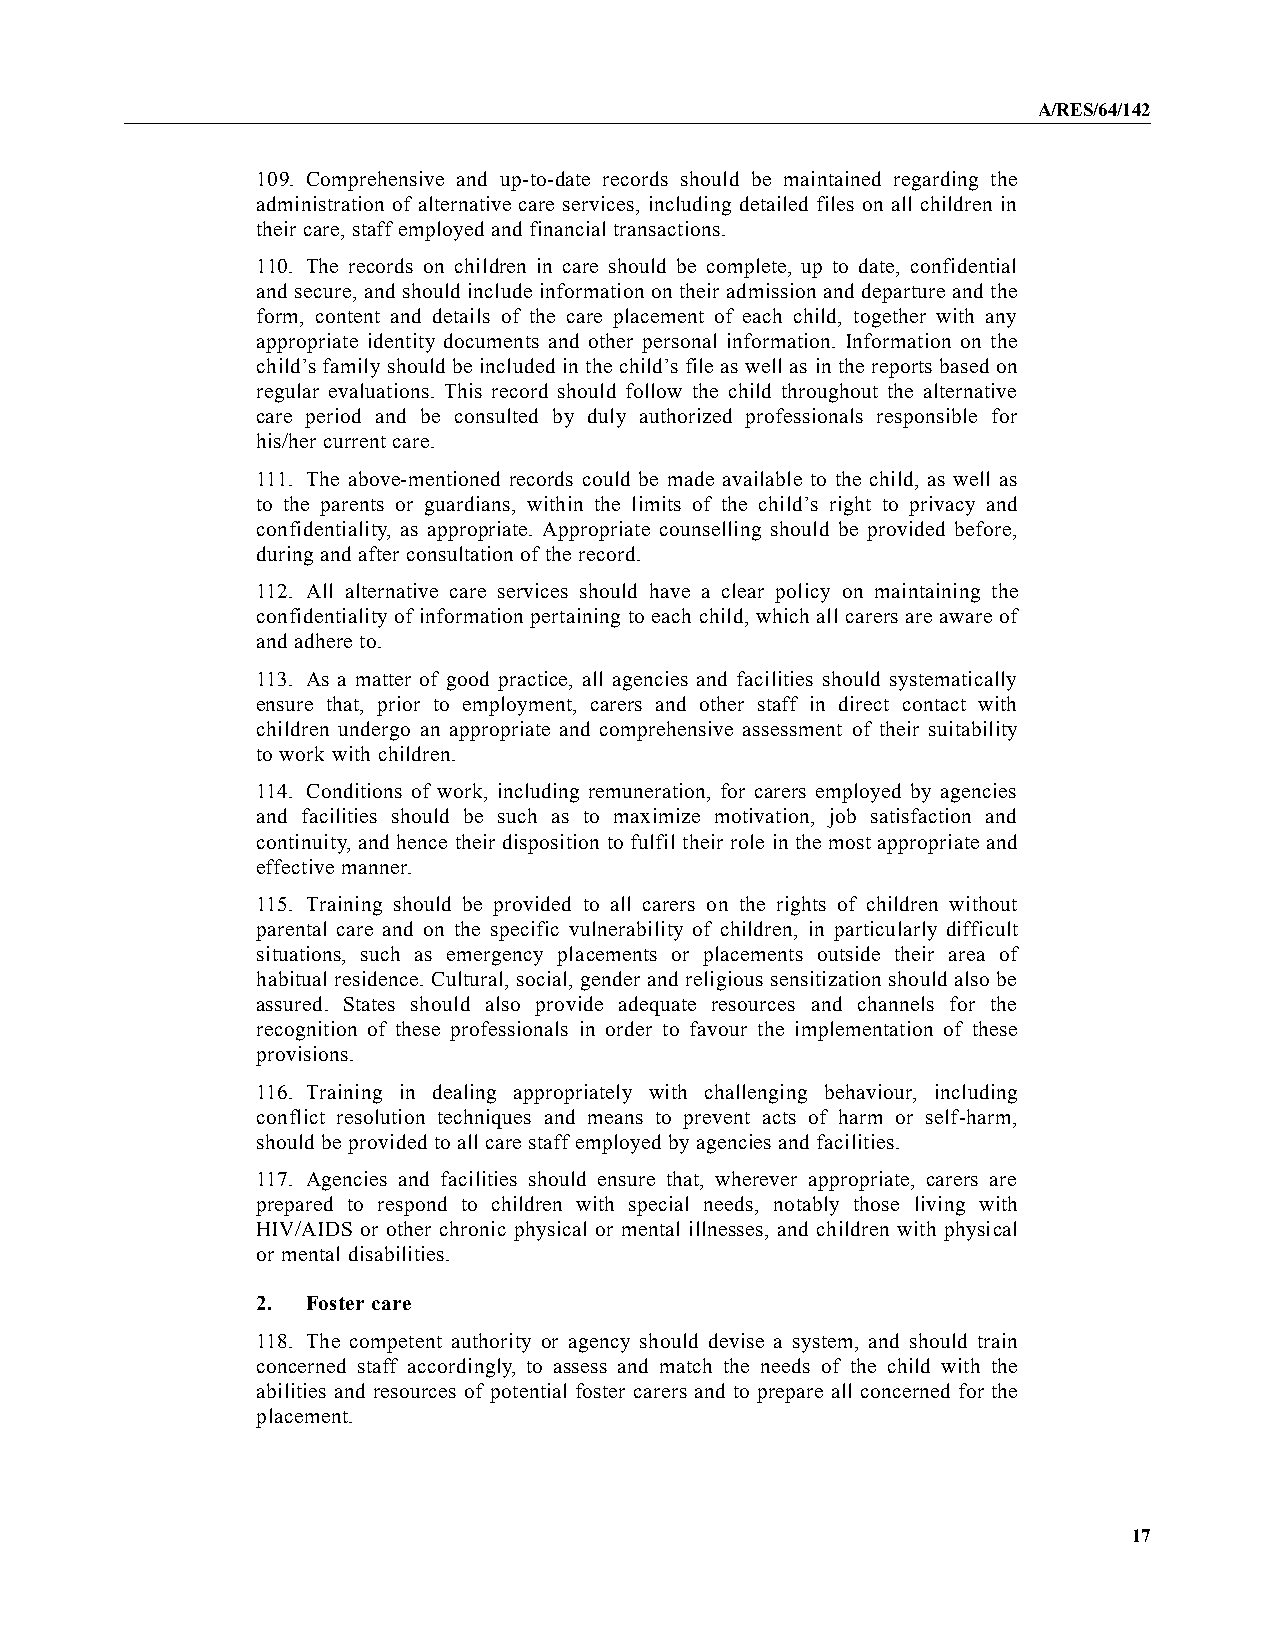
A/RES/64/142
 109. Comprehensive and up-to-date records should be maintained regarding the
 administration of alternative care services, including detailed files on all children in
 their care, staff employed and financial transactions.
 110. The records on children in care should be complete, up to date, confidential
 and secure, and should include information on their admission and departure and the
 form, content and details of the care placement of each child, together with any
 appropriate identity documents and other personal information. Information on the
 child’s family should be included in the child’s file as well as in the reports based on
 regular evaluations. This record should follow the child throughout the alternative
 care period and be consulted by duly authorized professionals responsible for
 his/her current care.
 111. The above-mentioned records could be made available to the child, as well as
 to the parents or guardians, within the limits of the child’s right to privacy and
 confidentiality, as appropriate. Appropriate counselling should be provided before,
 during and after consultation of the record.
 112. All alternative care services should have a clear policy on maintaining the
 confidentiality of information pertaining to each child, which all carers are aware of
 and adhere to.
 113. As a matter of good practice, all agencies and facilities should systematically
 ensure that, prior to employment, carers and other staff in direct contact with
 children undergo an appropriate and comprehensive assessment of their suitability
 to work with children.
 114. Conditions of work, including remuneration, for carers employed by agencies
 and facilities should be such as to maximize motivation, job satisfaction and
 continuity, and hence their disposition to fulfil their role in the most appropriate and
 effective manner.
 115. Training should be provided to all carers on the rights of children without
 parental care and on the specific vulnerability of children, in particularly difficult
 situations, such as emergency placements or placements outside their area of
 habitual residence. Cultural, social, gender and religious sensitization should also be
 assured. States should also provide adequate resources and channels for the
 recognition of these professionals in order to favour the implementation of these
 provisions.
 116. Training in dealing appropriately with challenging behaviour, including
 conflict resolution techniques and means to prevent acts of harm or self-harm,
 should be provided to all care staff employed byagencies and facilities.
 117. Agencies and facilities should ensure that, wherever appropriate, carers are
 prepared to respond to children with special needs, notably those living with
 HIV/AIDS or other chronic physical or mental illnesses, and children with physical
 or mental disabilities.
 2. Foster care
 118. The competent authority or agency should devise a system, and should train
 concerned staff accordingly, to assess and match the needs of the child with the
 abilities and resources of potential foster carers and to prepare all concerned for the
 placement.
 17